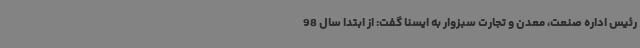
رئیس اداره صنعت، معدن و تجارت سبزوار به ایسنا گفت: از ابتدا سال 98